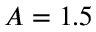
A = 1 . 5